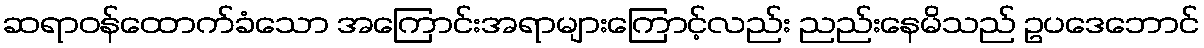
ဆရာဝန်ထောက်ခံသော အကြောင်းအရာများကြောင့်လည်း ညည်းနေမိသည် ဥပဒေဘောင်